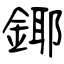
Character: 鎁